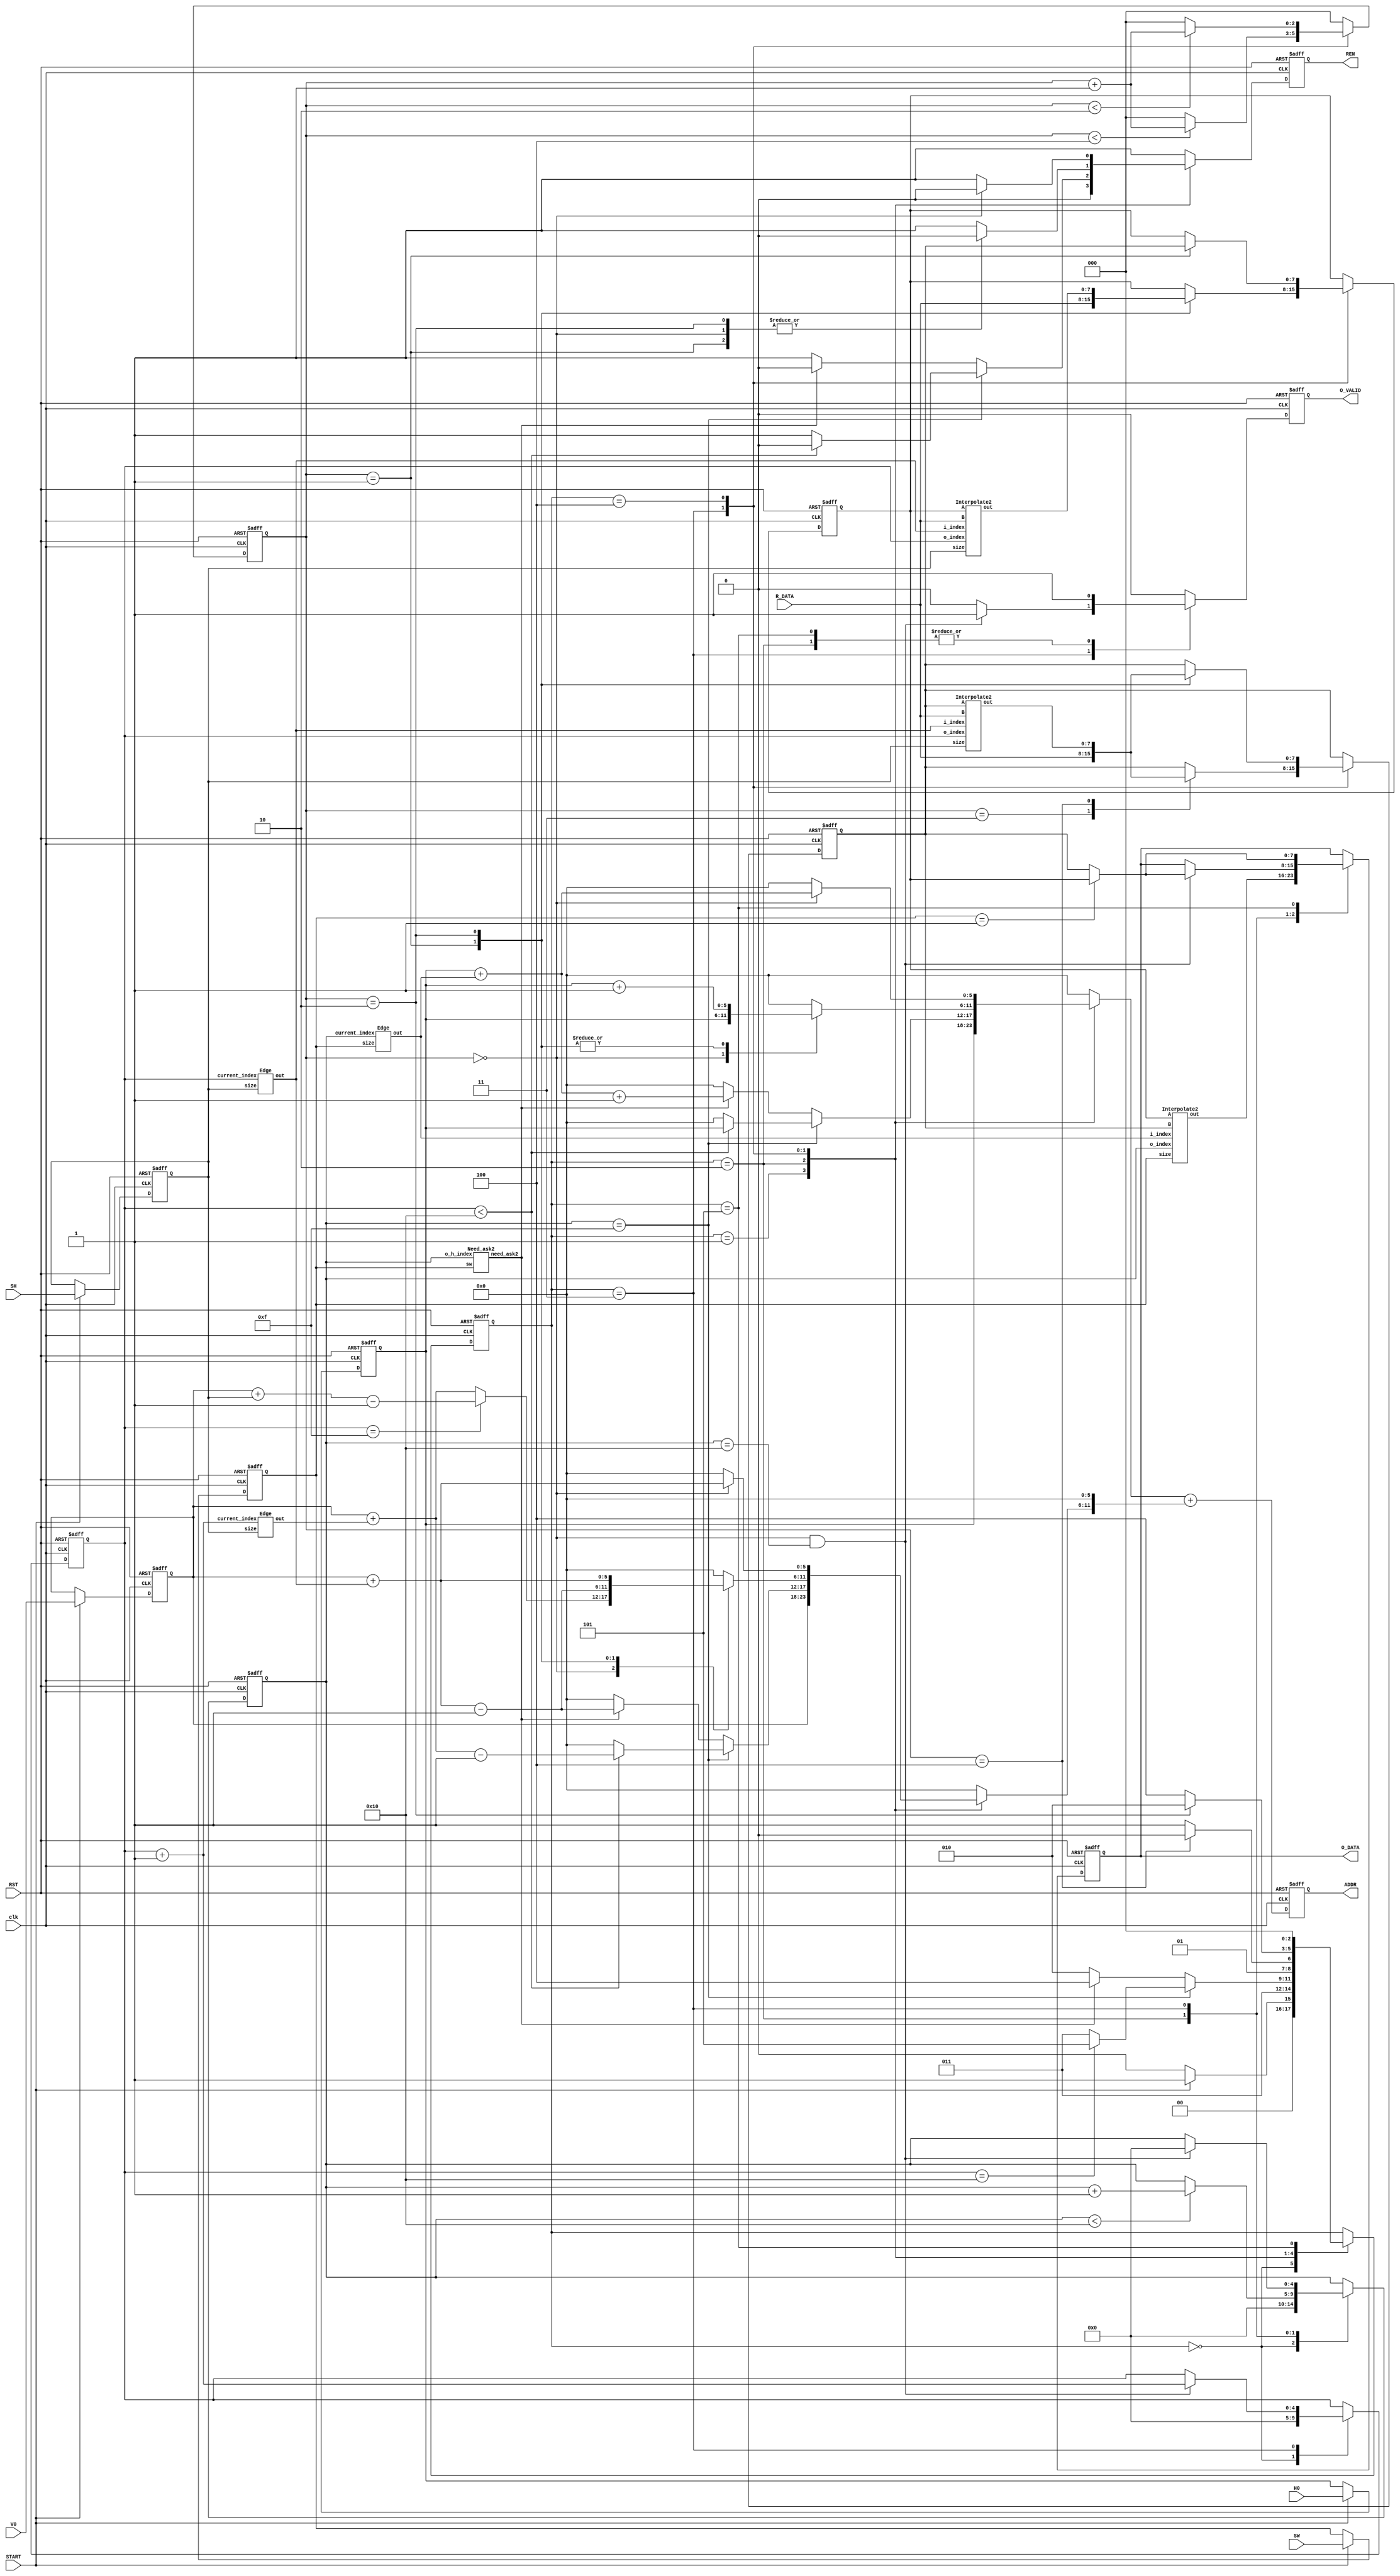
module interpolation (
    input           clk,
    input           RST,
    input           START,
    input   [5:0]   H0,
    input   [5:0]   V0,
    input   [3:0]   SW,
    input   [3:0]   SH,
    output          REN,
    input   [7:0]   R_DATA,
    output  [11:0]  ADDR,
    output  [7:0]   O_DATA,
    output          O_VALID
);
// State definition
    parameter S_IDLE  = 3'd0;   // 1 cycle
    parameter S_START = 3'd1;   // 1 cycle
    parameter S_CALC  = 3'd2;   // case by case
    parameter S_ASK4  = 3'd3;   // 5 cycles
    parameter S_ASK2  = 3'd4;   // 3 cycles
    parameter S_FINISH= 3'd5;   // 1 cycle

// Input registers
    reg [5:0] h0, h0_next;
    reg [5:0] v0, v0_next;
    reg [3:0] sw, sw_next;
    reg [3:0] sh, sh_next;

// State register
    reg [2:0] state, state_next;

// Counter register, counter for state machine
    reg [2:0] counter, counter_next;

// Ouput registers
    reg ren, ren_next;
    reg [11:0] addr, addr_next;
    reg [7:0] o_data, o_data_next;
    reg o_valid, o_valid_next;

    assign REN = ren;
    assign ADDR = addr;
    assign O_DATA = o_data;
    assign O_VALID = o_valid;

// output pixel index register, both range from 0 to 16
    reg [4:0] o_h_index, o_h_index_next;
    reg [4:0] o_v_index, o_v_index_next;

// left, right interpolation register
    reg [7:0] left, left_next;
    reg [7:0] right, right_next;

// need ask2
    wire need_ask2;
    Need_ask2 need_ask2_inst(
        .o_h_index(o_h_index),
        .sw(sw),
        .need_ask2(need_ask2)
    );

// edge
    wire [3:0] i_h_index, i_v_index, i_v_next_index;
    Edge edge_h(
        .current_index(o_h_index),
        .size(sw),
        .out(i_h_index)
    );
    Edge edge_v(
        .current_index(o_v_index),
        .size(sh),
        .out(i_v_index)
    );
    Edge edge_v_next(
        .current_index(o_v_index + 5'b1),
        .size(sh),
        .out(i_v_next_index)
    );

// interpolate2
    wire [7:0] left_interpolate, right_interpolate, middle_interpolate;
    Interpolate2 left_interpolate_inst(
        .o_index(o_v_index),
        .i_index(i_v_index),
        .size(sh),
        .A(left),
        .B(R_DATA),
        .out(left_interpolate)
    );
    Interpolate2 right_interpolate_inst(
        .o_index(o_v_index),
        .i_index(i_v_index),
        .size(sh),
        .A(right),
        .B(R_DATA),
        .out(right_interpolate)
    );
    Interpolate2 middle_interpolate_inst(
        .o_index(o_h_index),
        .i_index(i_h_index),
        .size(sw),
        .A(left),
        .B(right),
        .out(middle_interpolate)
    );

// Input register update
    always @(*) begin
        h0_next = h0;
        v0_next = v0;
        sw_next = sw;
        sh_next = sh;
        if (START) begin
            h0_next = H0;
            v0_next = V0;
            sw_next = SW;
            sh_next = SH;
        end
    end

// State machine
    always @(*) begin
        state_next = state;
        case (state)
            S_IDLE: begin
                if (START)  state_next = S_START;
                else        state_next = S_IDLE;
            end
            S_START: state_next = S_ASK4;
            S_CALC: begin
                if(o_h_index == 15) begin
                    if(o_v_index == 16) state_next = S_FINISH;
                    else                state_next = S_ASK4;
                end
                else if(need_ask2 == 1) state_next = S_ASK2;
                else                    state_next = S_CALC;
            end
            S_ASK4: begin
                if(counter == 4)    state_next = S_CALC;
                else                state_next = S_ASK4;
            end
            S_ASK2: begin
                if(counter == 2)    state_next = S_CALC;
                else                state_next = S_ASK2;
            end
            S_FINISH: state_next = S_IDLE;
            default: state_next = state;
        endcase
    end

// counter logic
    always @(*) begin
        counter_next = 3'b0;
        case (state)
            S_ASK4: if(counter < 4) counter_next = counter + 1;
            S_ASK2: if(counter < 2) counter_next = counter + 1;
            default: counter_next = 3'b0;
        endcase
    end

// output horizontal pixel index logic
    always @(*) begin
        o_h_index_next = o_h_index;
        case (state)
            S_IDLE: o_h_index_next = 5'b0;
            S_CALC: if(o_h_index < 16)                  o_h_index_next = o_h_index + 1;
            S_ASK4: if(counter == 0 && o_h_index == 16) o_h_index_next = 5'b0;
            default: o_h_index_next = o_h_index;
        endcase
    end

// output vertical pixel index logic
    always @(*) begin
        o_v_index_next = o_v_index;
        case (state)
            S_IDLE: o_v_index_next = 5'b0;
            S_ASK4: if(counter == 0 && o_h_index == 16) o_v_index_next = o_v_index + 1;
            default: o_v_index_next = o_v_index;
        endcase
    end

// ask data logic
    reg [5:0] h_ask, v_ask;
    always @(*) begin
        h_ask = 7'b0;
        v_ask = 7'b0;
        ren_next = 1'b1;
        addr_next = addr;
        case (state)
            S_START: begin
                // go to ask4 and ask for LT pixel
                ren_next = 1'b0;
                h_ask = h0;
                v_ask = v0;
            end
            S_CALC: begin
                if(o_h_index == 15) begin
                    if(o_v_index < 16) begin
                        // go to ask4 and ask for LT pixel
                        ren_next = 1'b0;
                        h_ask = h0;
                        v_ask = v0 + i_v_next_index - 1;
                    end
                end
                else if(need_ask2 == 1) begin
                    // go to ask2 and ask for RT pixel
                    ren_next = 1'b0;
                    h_ask = h0 + i_h_index + 1;
                    v_ask = v0 + i_v_index - 1;
                end
            end
            S_ASK4: begin
                case(counter)
                    0: begin
                        // ask for LB pixel
                        if(o_v_index == 15) begin
                            ren_next = 1'b0;
                            h_ask = h0;
                            v_ask = v0 + sh - 1;
                        end
                        else begin
                            ren_next = 1'b0;
                            h_ask = h0;
                            v_ask = v0 + i_v_next_index;
                        end
                    end
                    1: begin
                        // ask for RT pixel
                        ren_next = 1'b0;
                        h_ask = h0 + 1;
                        v_ask = v0 + i_v_index - 1;
                    end
                    2: begin
                        // ask for RB pixel
                        ren_next = 1'b0;
                        h_ask = h0 + 1;
                        v_ask = v0 + i_v_index;
                    end
                endcase
            end
            S_ASK2: begin
                if(counter == 0)begin
                    // ask for RB pixel
                    ren_next = 1'b0;
                    h_ask = h0 + i_h_index;
                    v_ask = v0 + i_v_index;
                end
            end
            default: begin
                ren_next = 1'b1;
                h_ask = 7'b0;
                v_ask = 7'b0;
            end
        endcase
        addr_next = h_ask + (v_ask << 6);
    end

// load data, left interpolation logic
    always @(*) begin
        left_next = left;
        case (state)
            S_ASK4: begin
                case(counter)
                    1: left_next = R_DATA; // get LT pixel
                    2: left_next = left_interpolate; // get LB pixel and calculate
                endcase
            end
            S_ASK2: if(counter == 1) left_next = right; // get RT pixel
            default: left_next = left;
        endcase
    end

// load data, right interpolation logic
    always @(*) begin
        right_next = right;
        case (state)
            S_ASK4: begin
                case(counter)
                    3: right_next = R_DATA; // get RT pixel
                    4: right_next = right_interpolate; // get RB pixel and calculate
                endcase
            end
            S_ASK2: begin
                case(counter)
                    1: right_next = R_DATA; // get RT pixel
                    2: right_next = right_interpolate; // get RB pixel and calculate
                endcase
            end
            default: right_next = right;
        endcase
    end

// output logic
    always @(*) begin
        o_valid_next = 1'b0;
        o_data_next = o_data;
        case (state)
            S_CALC: begin
                o_valid_next = 1'b1;
                o_data_next = middle_interpolate;
            end
            S_ASK4: begin
                if(counter == 0 && o_h_index == 16) begin
                    o_valid_next = 1'b1;
                    if(sw == 1) o_data_next = left;
                    else        o_data_next = right;       
                end
            end
            S_FINISH: begin
                o_valid_next = 1'b1;
                if(sw == 1) o_data_next = left;
                else        o_data_next = right; 
            end
            default: begin
                o_valid_next = 1'b0;
                o_data_next = o_data;
            end
        endcase
    end

// State register update
    always @(posedge clk or posedge RST) begin
        if (RST) begin
            h0 <= 6'b0;
            v0 <= 6'b0;
            sw <= 4'b0;
            sh <= 4'b0;

            state <= S_IDLE;
            counter <= 3'b0;

            o_h_index <= 5'b0;
            o_v_index <= 5'b0;

            left <= 8'b0;
            right <= 8'b0;

            ren <= 1'b1;
            addr <= 12'b0;

            o_valid <= 1'b0;
            o_data <= 8'b0;
        end else begin
            h0 <= h0_next;
            v0 <= v0_next;
            sw <= sw_next;
            sh <= sh_next;

            state <= state_next;
            counter <= counter_next;

            o_h_index <= o_h_index_next;
            o_v_index <= o_v_index_next;

            left <= left_next;
            right <= right_next;

            ren <= ren_next;
            addr <= addr_next;

            o_valid <= o_valid_next;
            o_data <= o_data_next;
        end
    end
endmodule

module Need_ask2 (
    input [4:0] o_h_index,
    input [3:0] sw,
    output need_ask2
);
    wire [3:0] edgeNext, edgeCurr;
    Edge edge_next(
        .current_index(o_h_index + 5'b1),
        .size(sw),
        .out(edgeNext)
    );
    Edge edge_curr(
        .current_index(o_h_index),
        .size(sw),
        .out(edgeCurr)
    );
    assign need_ask2 = (edgeNext > edgeCurr) ? 1'b1 : 1'b0;
endmodule

module Edge (
    input [4:0] current_index,
    input [3:0] size,
    output [3:0] out
);
    assign out = (current_index == 16) ? size - 4'b1 : ((current_index * (size - 1)) >> 4) + 4'b1;
endmodule

module Interpolate2 (
    input [4:0] o_index,
    input [3:0] i_index,
    input [3:0] size,
    input [7:0] A,
    input [7:0] B,
    output [7:0] out
);
    wire [11:0] temp;
    assign temp = (B << 4) + ((i_index << 4) - o_index * (size - 4'b1)) * (A - B);
    assign out = temp >> 4;
    // (( B << 4) + (( i_index << 4) -   o_index * (size - 1)) * (A - B)) >> 4;
endmodule